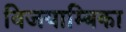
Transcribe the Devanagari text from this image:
विजयाम्बिका